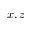
x , z